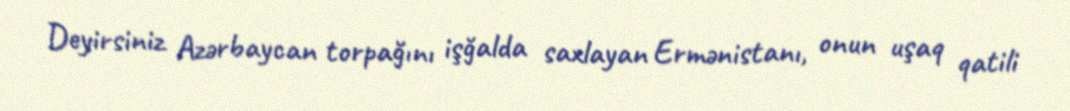
Deyirsiniz Azərbaycan torpağını işğalda saxlayan Ermənistanı, onun uşaq qatili